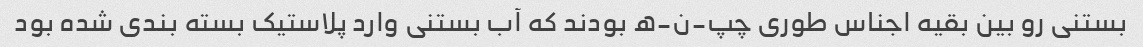
بستنی رو بین بقیه اجناس طوری چپ-ن-ه بودند که آب بستنی وارد پلاستیک بسته بندی شده بود